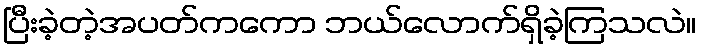
ပြီးခဲ့တဲ့အပတ်ကကော ဘယ်လောက်ရှိခဲ့ကြသလဲ။